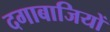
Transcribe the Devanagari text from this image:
दगाबाजियों